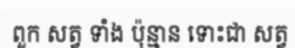
ពួក សត្វ ទាំង ប៉ុន្មាន ទោះជា សត្វ